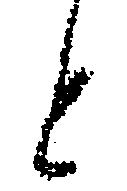
と